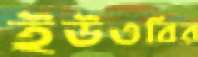
ইউওবির